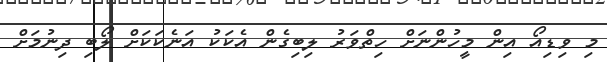
މި ވިޑިއޯ އިން މީހުންނަށް ހިތްވަރު ލިބިގެން އެކަކު އަނެކަކަށް ލޯބި ދިނުމަށް